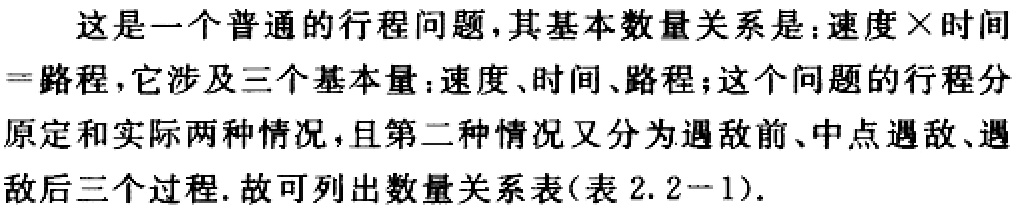
这是一个普通的行程问题，其基本数量关系是：速度×时间 =路程，它涉及三个基本量：速度、时间、路程；这个问题的行程分原定和实际两种情况，且第二种情况又分为遇敌前、中点遇敌、遇敌后三个过程. 故可列出数量关系表(表 2.2−1).